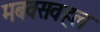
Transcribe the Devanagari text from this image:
मबवसवहल